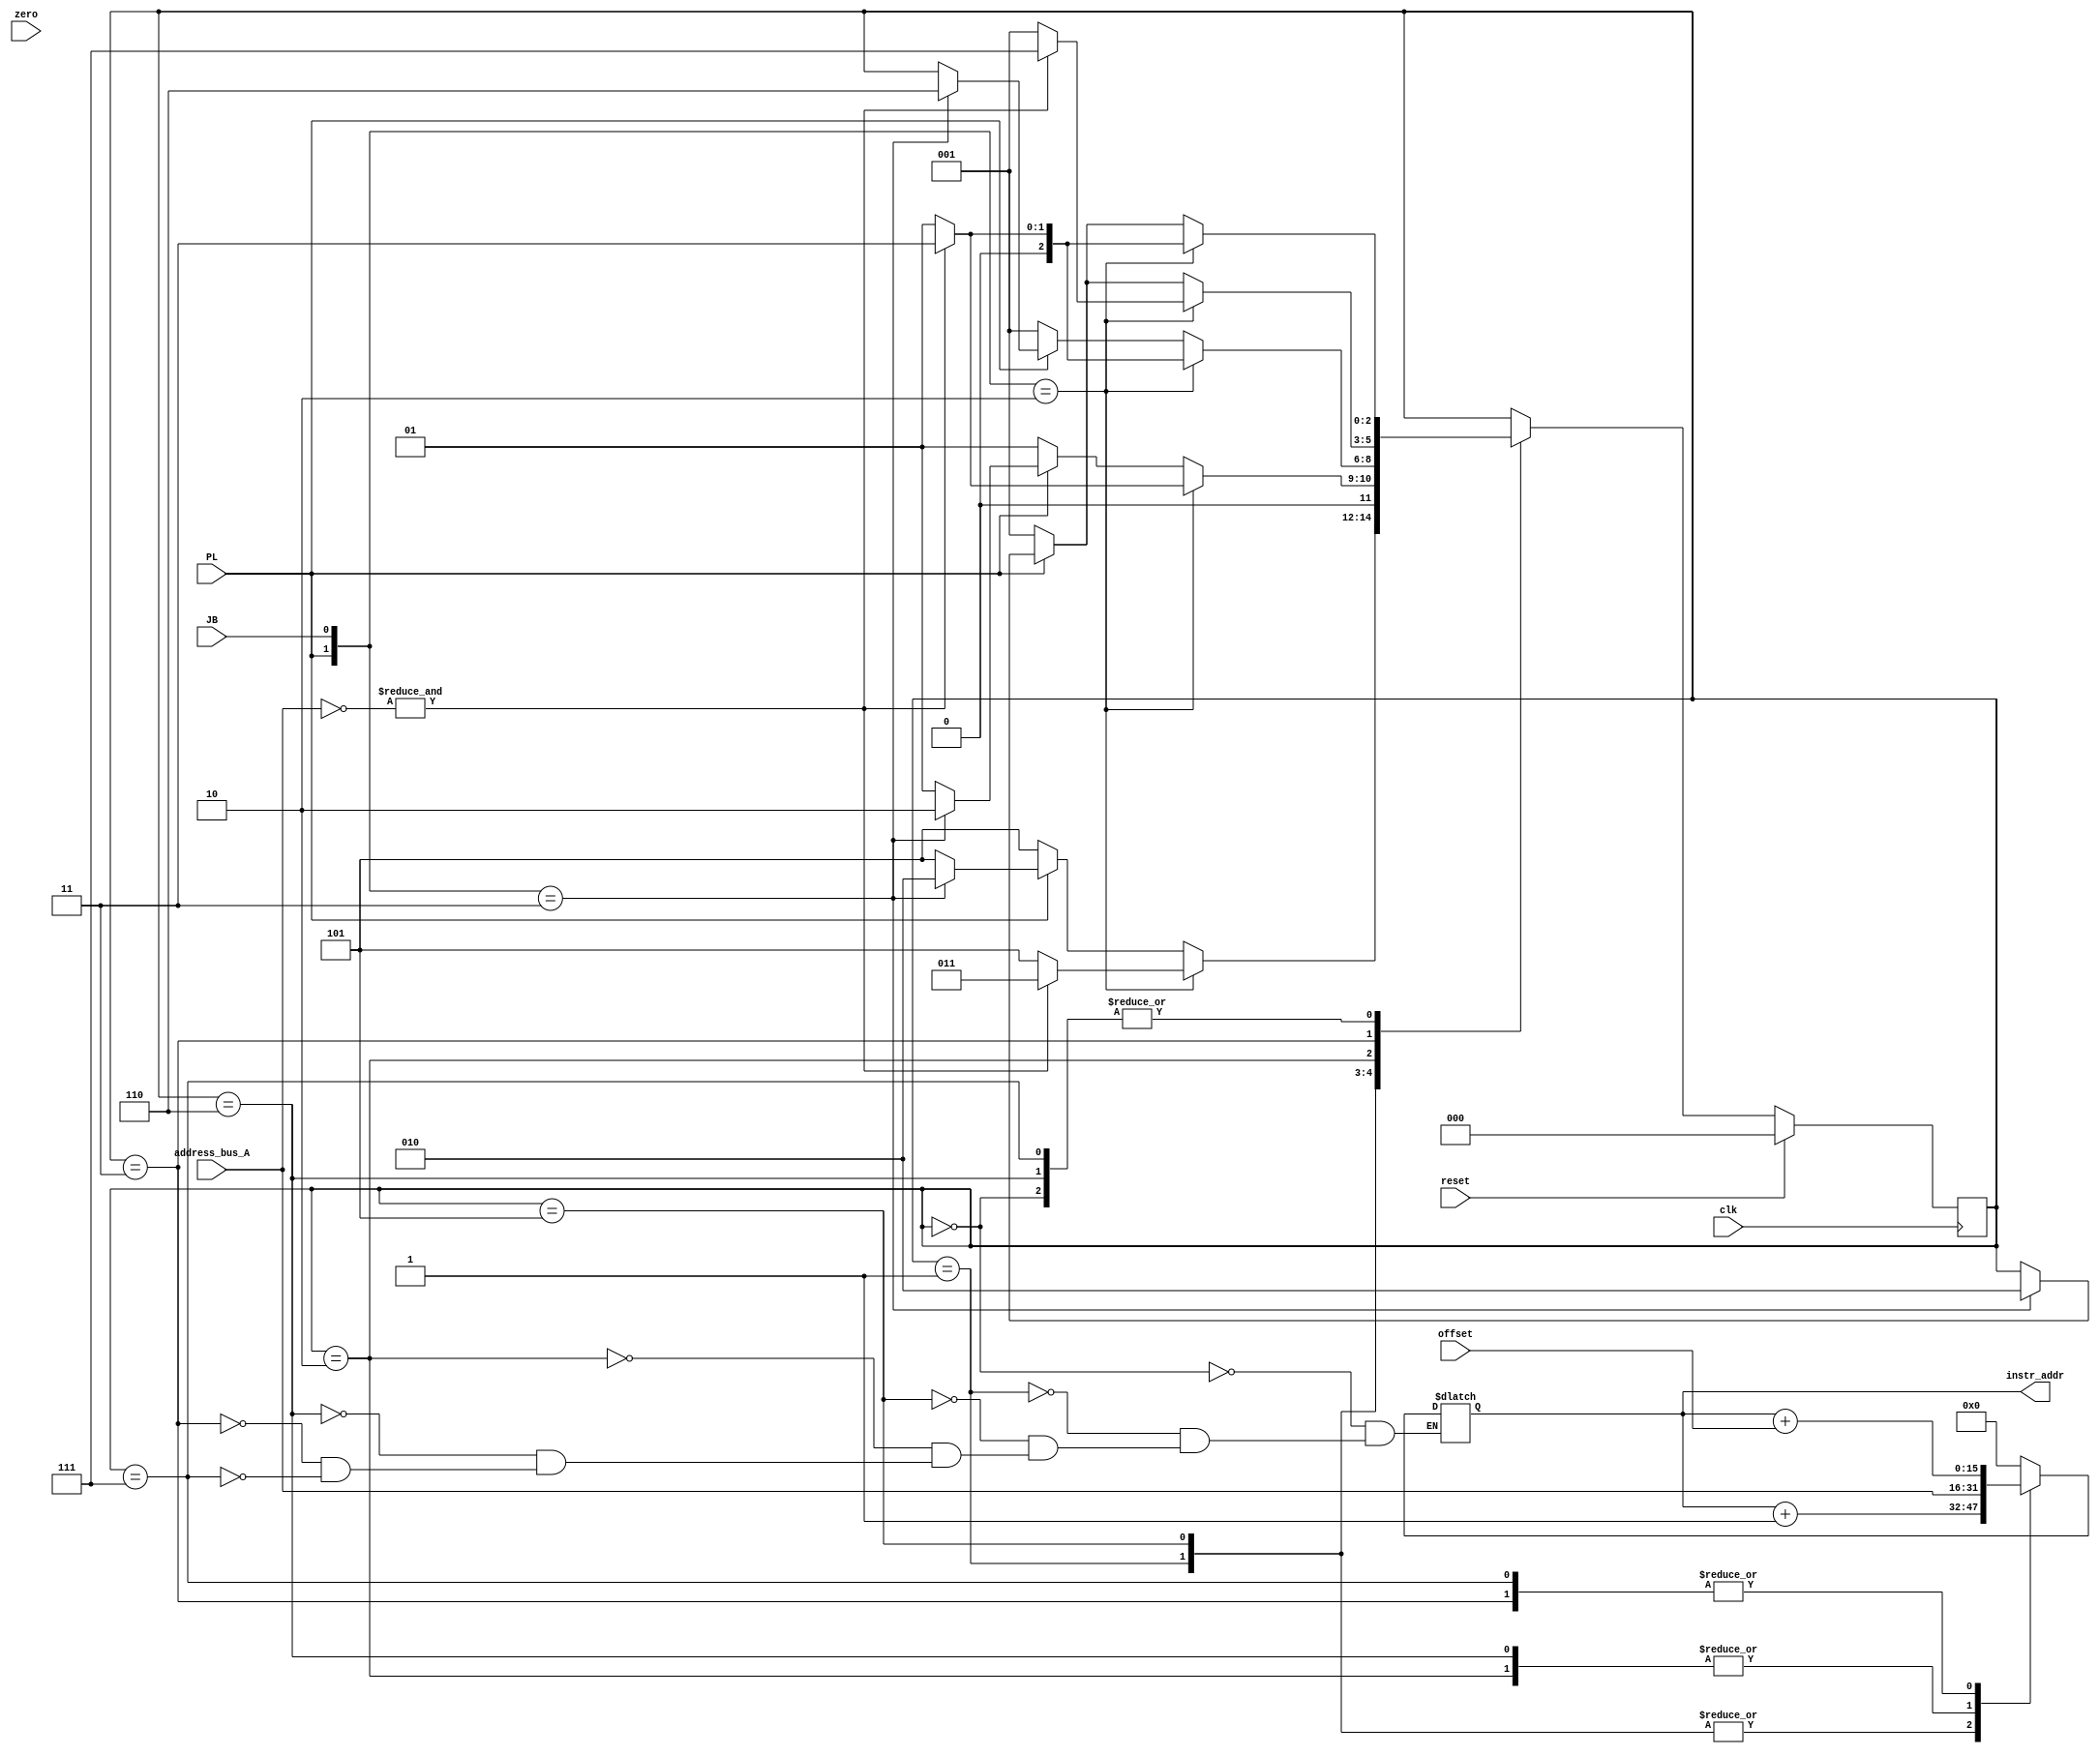
module pc #(parameter BUS_WIDTH=16) (input clk
    , input reset
    , input PL
    , input JB
    , input [5:0] offset
    , input zero
    , input [BUS_WIDTH-1:0] address_bus_A
    , output reg [BUS_WIDTH-1:0] instr_addr
    );

    //State Encoding
    localparam  STATE_RESET = 3'b000;   //Reset, PC Address: all zeroes.
    localparam  STATE_INCR1 = 3'b001;   //Normal operation, increase address in program counter by 1.
    localparam  STATE_INCR2 = 3'b101;   //Normal operation, increase address in program counter by 1.
    localparam  STATE_JUMP1 = 3'b010;    //Jump to new address. PL = 1'b1, JB = 1'b1.
    localparam  STATE_JUMP2 = 3'b110;    //Jump to new address. PL = 1'b1, JB = 1'b1.
    localparam  STATE_BRANCH1 = 3'b011;  //Branch to PC address + offset. PC Load Enabled (PL = 1'b1 ), JB (jump/branch) = 1'b0.
    localparam  STATE_BRANCH2 = 3'b111;  //Branch to PC address + offset. PC Load Enabled (PL = 1'b1 ), JB (jump/branch) = 1'b0.

    //Current and next state storage
    reg [2:0] state;
    reg [2:0] next_state;

    //State Transition
    always @(posedge clk) begin
        if(reset) state <= STATE_RESET;
        else state <= next_state;
    end

    //Next state determnination
    // reset -> STATE_RESET
    // PL 0, JB DC -> STATE_INCR, if multiple clock cycles, keep toggling between states 1 and 2 and increase PC by 1 every cycle
    // PL 1, JB 0 -> STATE_BRANCH, if multiple clock cycles, keep toggling between states 1 and 2 and offset PC every cycle
    // PL 1, JB 1 -> STATE_JUMP, if multiple clock cycles, keep toggling between states 1 and 2 and jump to new address every cycle
    always @(*) begin
        next_state = state;
        case(state) 
            STATE_RESET     :   begin
                if (reset) next_state = STATE_RESET;
                else if ({PL, JB} == 2'b10) begin
                    if (&(~address_bus_A))  next_state = STATE_BRANCH1;
                    else next_state = STATE_INCR1;
                end
                else if (!PL) next_state = STATE_INCR1;
                else if ({PL, JB} == 2'b11) next_state = STATE_JUMP1;
            end

            STATE_INCR1      :    begin
                if (reset) next_state = STATE_RESET;
                else if ({PL, JB} == 2'b10) begin
                    if (&(~address_bus_A)) next_state = STATE_BRANCH1;
                    else next_state = STATE_INCR2;
                end
                else if (!PL) next_state = STATE_INCR2;
                else if ({PL, JB} == 2'b11) next_state = STATE_JUMP1;
                else next_state = STATE_INCR2;
            end
            STATE_INCR2      :    begin
                if (reset) next_state = STATE_RESET;
                else if ({PL, JB} == 2'b10) begin
                    if (&(~address_bus_A)) next_state = STATE_BRANCH1;
                    else next_state = STATE_INCR1;
                end
                else if (!PL) next_state = STATE_INCR1;
                else if ({PL, JB} == 2'b11) next_state = STATE_JUMP1;
                else next_state = STATE_INCR1;
            end

            STATE_JUMP1      :   begin
                if (reset) next_state = STATE_RESET;
                else if ({PL, JB} == 2'b10) begin
                    if (&(~address_bus_A)) next_state = STATE_BRANCH1;
                    else next_state = STATE_INCR1;
                end
                else if (!PL) next_state = STATE_INCR1;
                else if ({PL, JB} == 2'b11) next_state = STATE_JUMP2;
            end
            STATE_JUMP2      :   begin
                if (reset) next_state = STATE_RESET;
                else if ({PL, JB} == 2'b10) begin
                    if (&(~address_bus_A)) next_state = STATE_BRANCH1;
                    else next_state = STATE_INCR1;
                end
                else if (!PL) next_state = STATE_INCR1;
                else if ({PL, JB} == 2'b11) next_state = STATE_JUMP1;
            end

            STATE_BRANCH1    :   begin
                if (reset) next_state = STATE_RESET;
                else if ({PL, JB} == 2'b10) begin
                    if (&(~address_bus_A)) next_state = STATE_BRANCH2;
                    else next_state = STATE_INCR1;
                end
                else if (!PL) next_state = STATE_INCR1;
                else if ({PL, JB} == 2'b11) next_state = STATE_JUMP1;
            end
            STATE_BRANCH2    :   begin
                if (reset) next_state = STATE_RESET;
                else if ({PL, JB} == 2'b10) begin
                    if (&(~address_bus_A)) next_state = STATE_BRANCH1;
                    else next_state = STATE_INCR1;
                end
                else if (!PL) next_state = STATE_INCR1;
                else if ({PL, JB} == 2'b11) next_state = STATE_JUMP1;
            end
        endcase
    end

    //Outputs
    always @(state) begin
        case(state)
            STATE_RESET : instr_addr = 16'h0000;
            STATE_INCR1 : instr_addr = instr_addr +1;
            STATE_INCR2 : instr_addr = instr_addr +1;
            STATE_JUMP1 : instr_addr = address_bus_A;
            STATE_JUMP2 : instr_addr = address_bus_A;
            STATE_BRANCH1 : instr_addr = instr_addr + offset;
            STATE_BRANCH2 : instr_addr = instr_addr + offset;
        endcase 
    end

endmodule